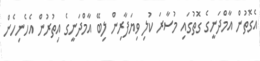
އެގޮތުން އާމްދަނީގެ ގޮތުގައި މުސާރަ ކުލި ވިޔަފާރިން ލިބޭ އާމްދަނީގެ އިތުރުން އެހެނިހެން